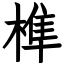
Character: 榫